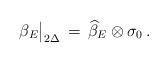
LaTeX: \begin{align*}\beta_E\big\vert_{2\Delta}\,=\, \widehat{\beta}_E\otimes \sigma_0\, .\end{align*}